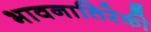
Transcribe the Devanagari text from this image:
भावनातिरेकी